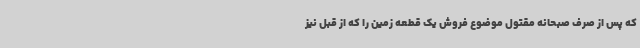
که پس از صرف صبحانه مقتول موضوع فروش یک قطعه زمین را که از قبل نیز